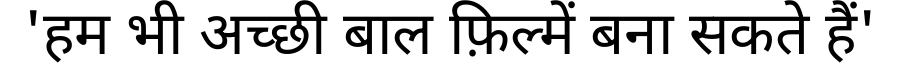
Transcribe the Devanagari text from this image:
'हम भी अच्छी बाल फ़िल्में बना सकते हैं'